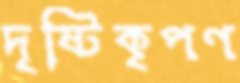
দৃষ্টিকৃপণ